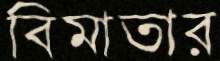
বিমাতার